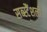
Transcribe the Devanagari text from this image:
सब्स्टैंशली